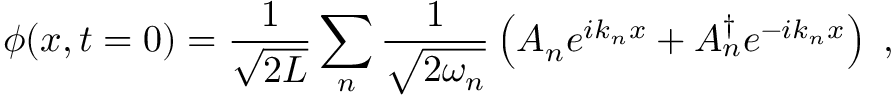
\phi ( x , t = 0 ) = \frac { 1 } { \sqrt { 2 L } } \sum _ { n } \frac { 1 } { \sqrt { 2 \omega _ { n } } } \left( A _ { n } e ^ { i k _ { n } x } + A _ { n } ^ { \dagger } e ^ { - i k _ { n } x } \right) \; ,